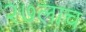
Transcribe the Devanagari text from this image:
२७लाच